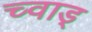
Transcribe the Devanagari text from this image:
च्वाड्